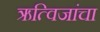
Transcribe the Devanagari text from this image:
ऋत्विजांचा